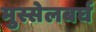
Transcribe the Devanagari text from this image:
मुस्सेलबर्घ